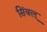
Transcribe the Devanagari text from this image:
सिंवल्